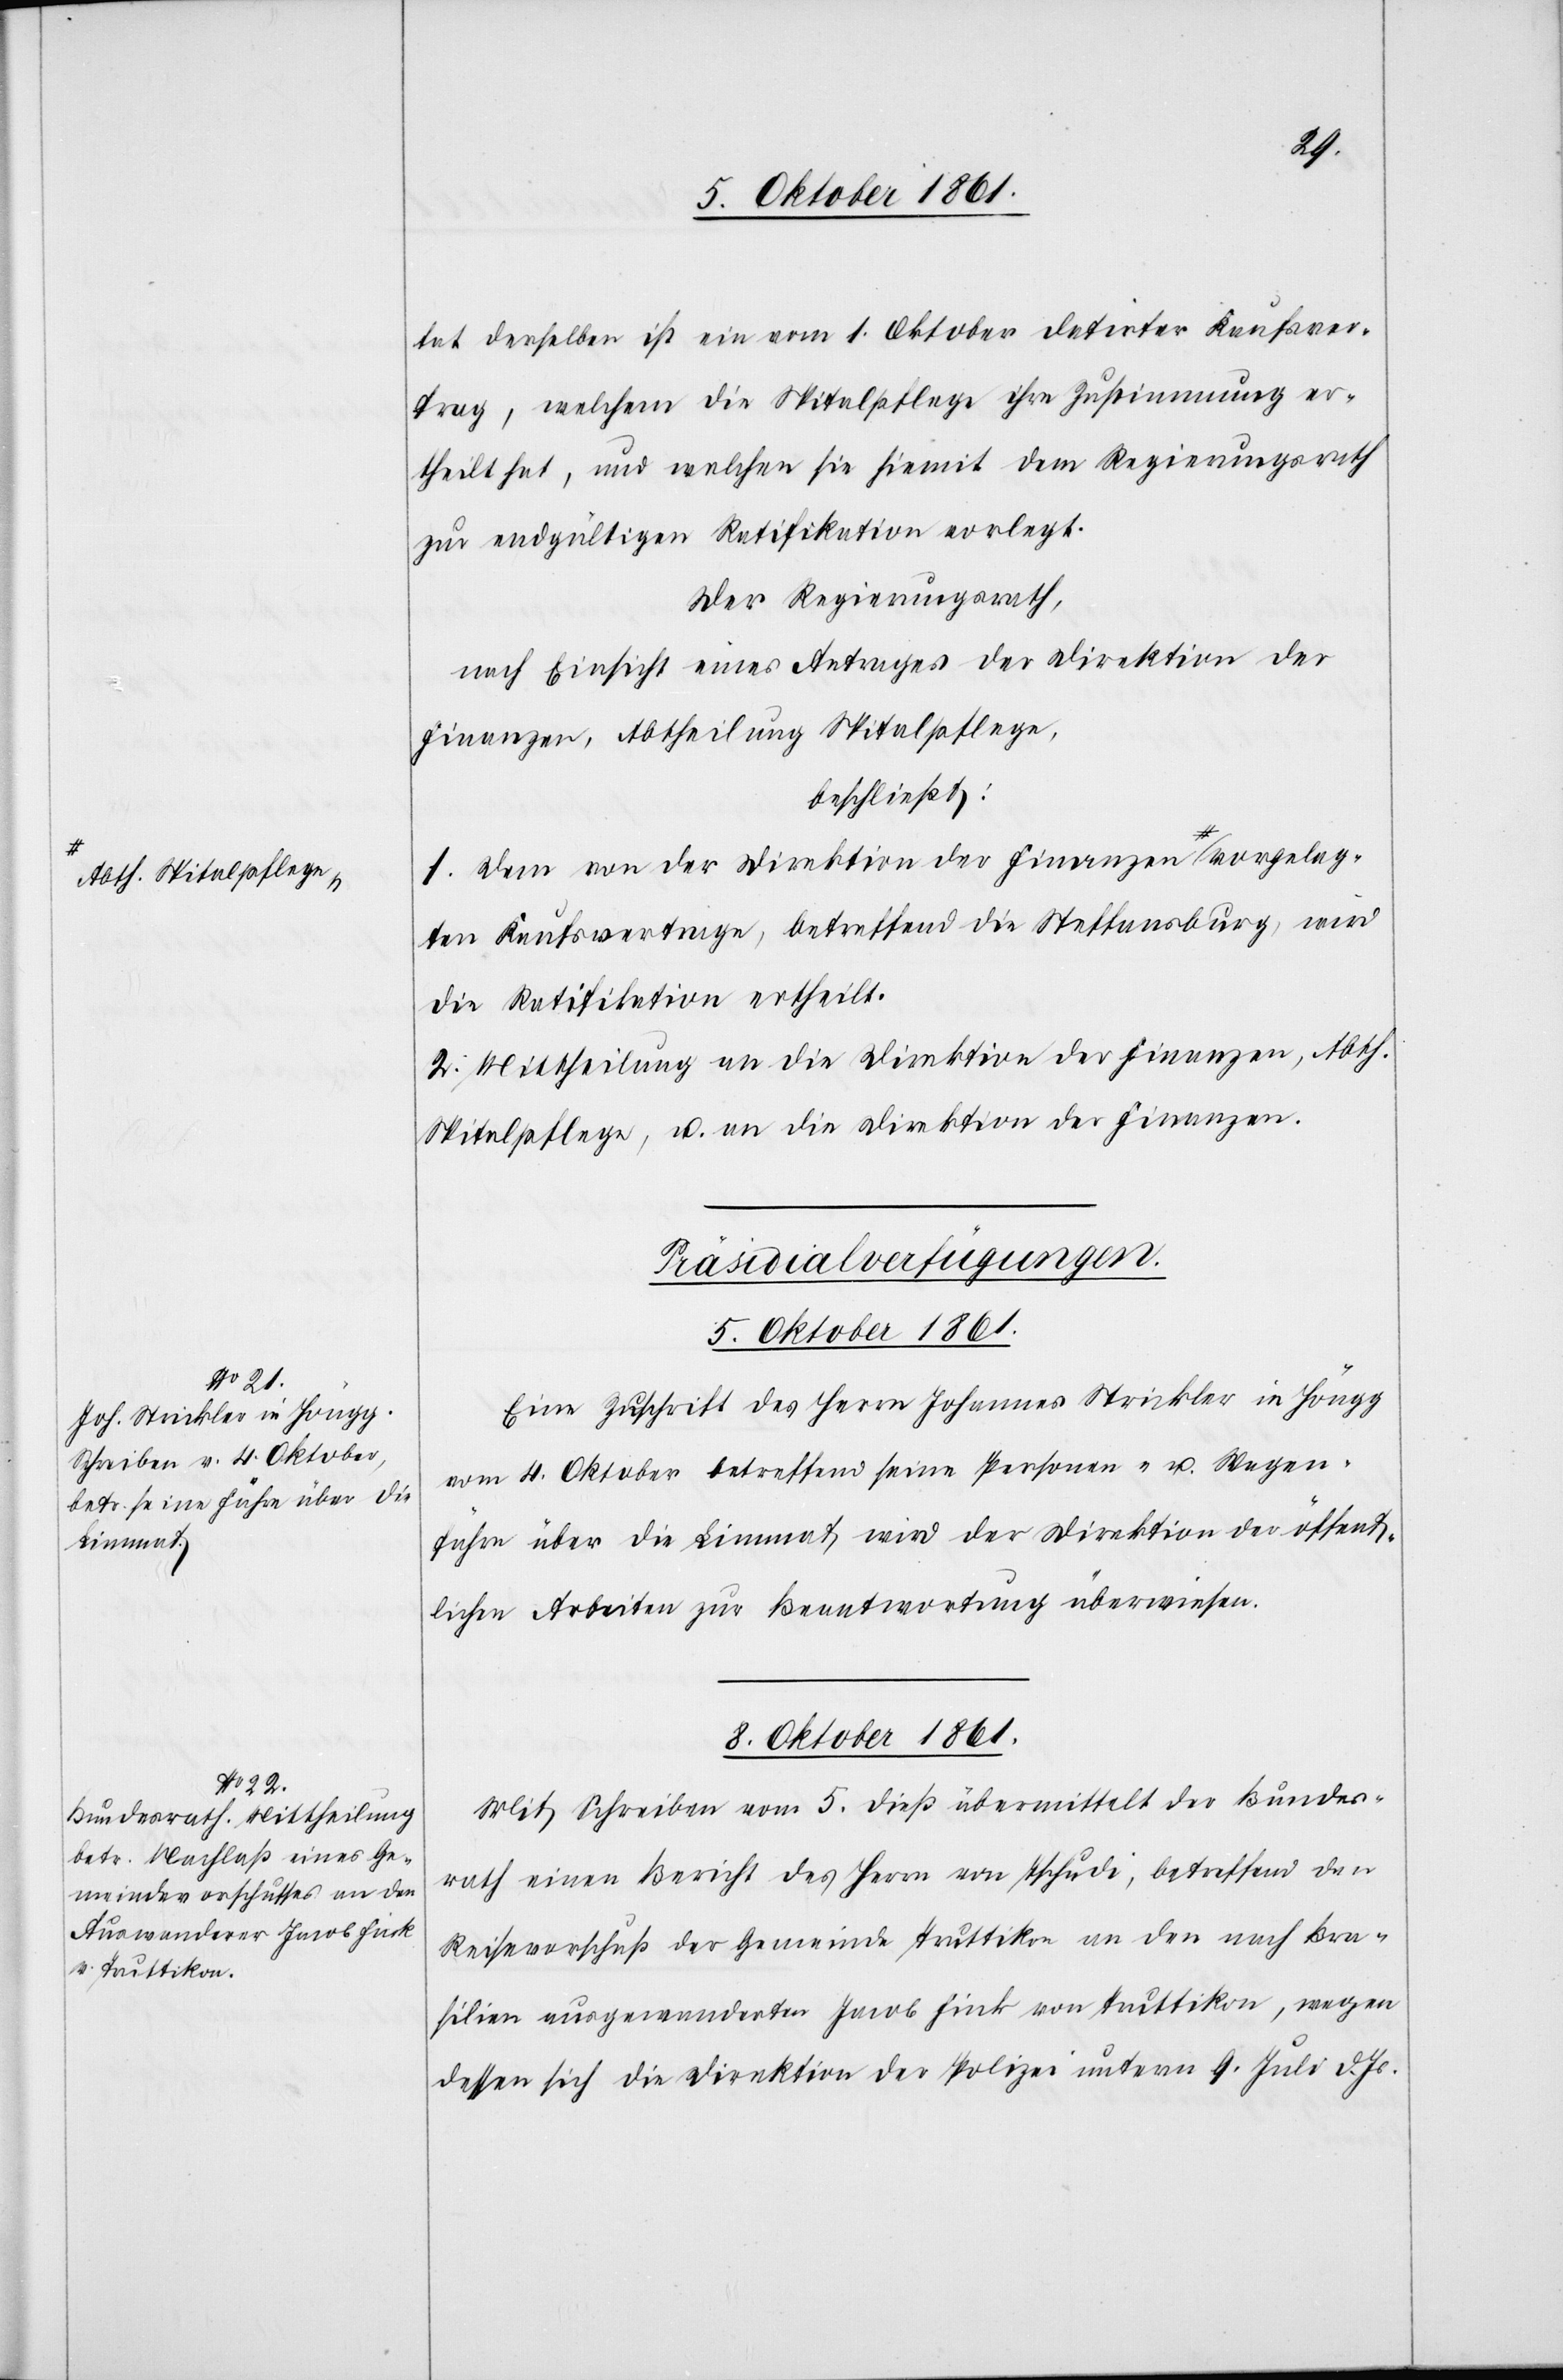
bth. Spitalpflege-a
eleg¬

tat derselben ist ein vom 1 Oktober datirter Kaufsver¬
trag, welchem die Spitalpflege ihre Zustimmung er¬
theilt hat, und welchen sie hiemit dem Regierungsrath
zur endgültigen Ratifikation vorlegt.
Der Regierungsrath,
nach Einsicht eines Antrages der Direktion der
Finanzen, Abtheilung Spitalpflege,
beschließt:
1. Dem von der Direktion der Finanzen a-A¬
ten Kaufsvertrage, betreffend die Steffansburg, wird
die Ratifikation ertheilt.
2. Mittheilung an die Direktion der Finanzen, Abth.
Spitalpflege, u. an die Direktion der Finanzen.
[Präsidial-Verfügungen.]
5 Oktober 1861.
Eine Zuschrift des Herrn Johannes Strickler in Höngg
vom 4 Oktober betreffend seine Personen- u. Wagen¬
fähre über die Limmat wird der Direktion der öffent¬
lichen Arbeiten zur Beantwortung überwiesen.
8 Oktober 1861.
Mit Schreiben vom 5 dieß übermittelt der Bundes¬
rath einen Bericht des Herrn von Tschudi, betreffend den
Reisevorschub der Gemeinde Truttikon an den nach Bra¬
silien ausgewanderten Jakob Fink von Truttikon, wegen
dessen sich die Direktion der Polizei unterm 4 Juli d. Js.